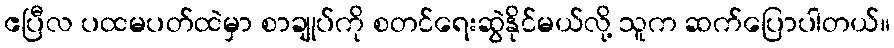
ဧပြီလ ပထမပတ်ထဲမှာ စာချုပ်ကို စတင်ရေးဆွဲနိုင်မယ်လို့ သူက ဆက်ပြောပါတယ်။